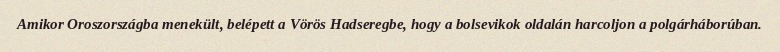
Amikor Oroszországba menekült, belépett a Vörös Hadseregbe, hogy a bolsevikok oldalán harcoljon a polgárháborúban.